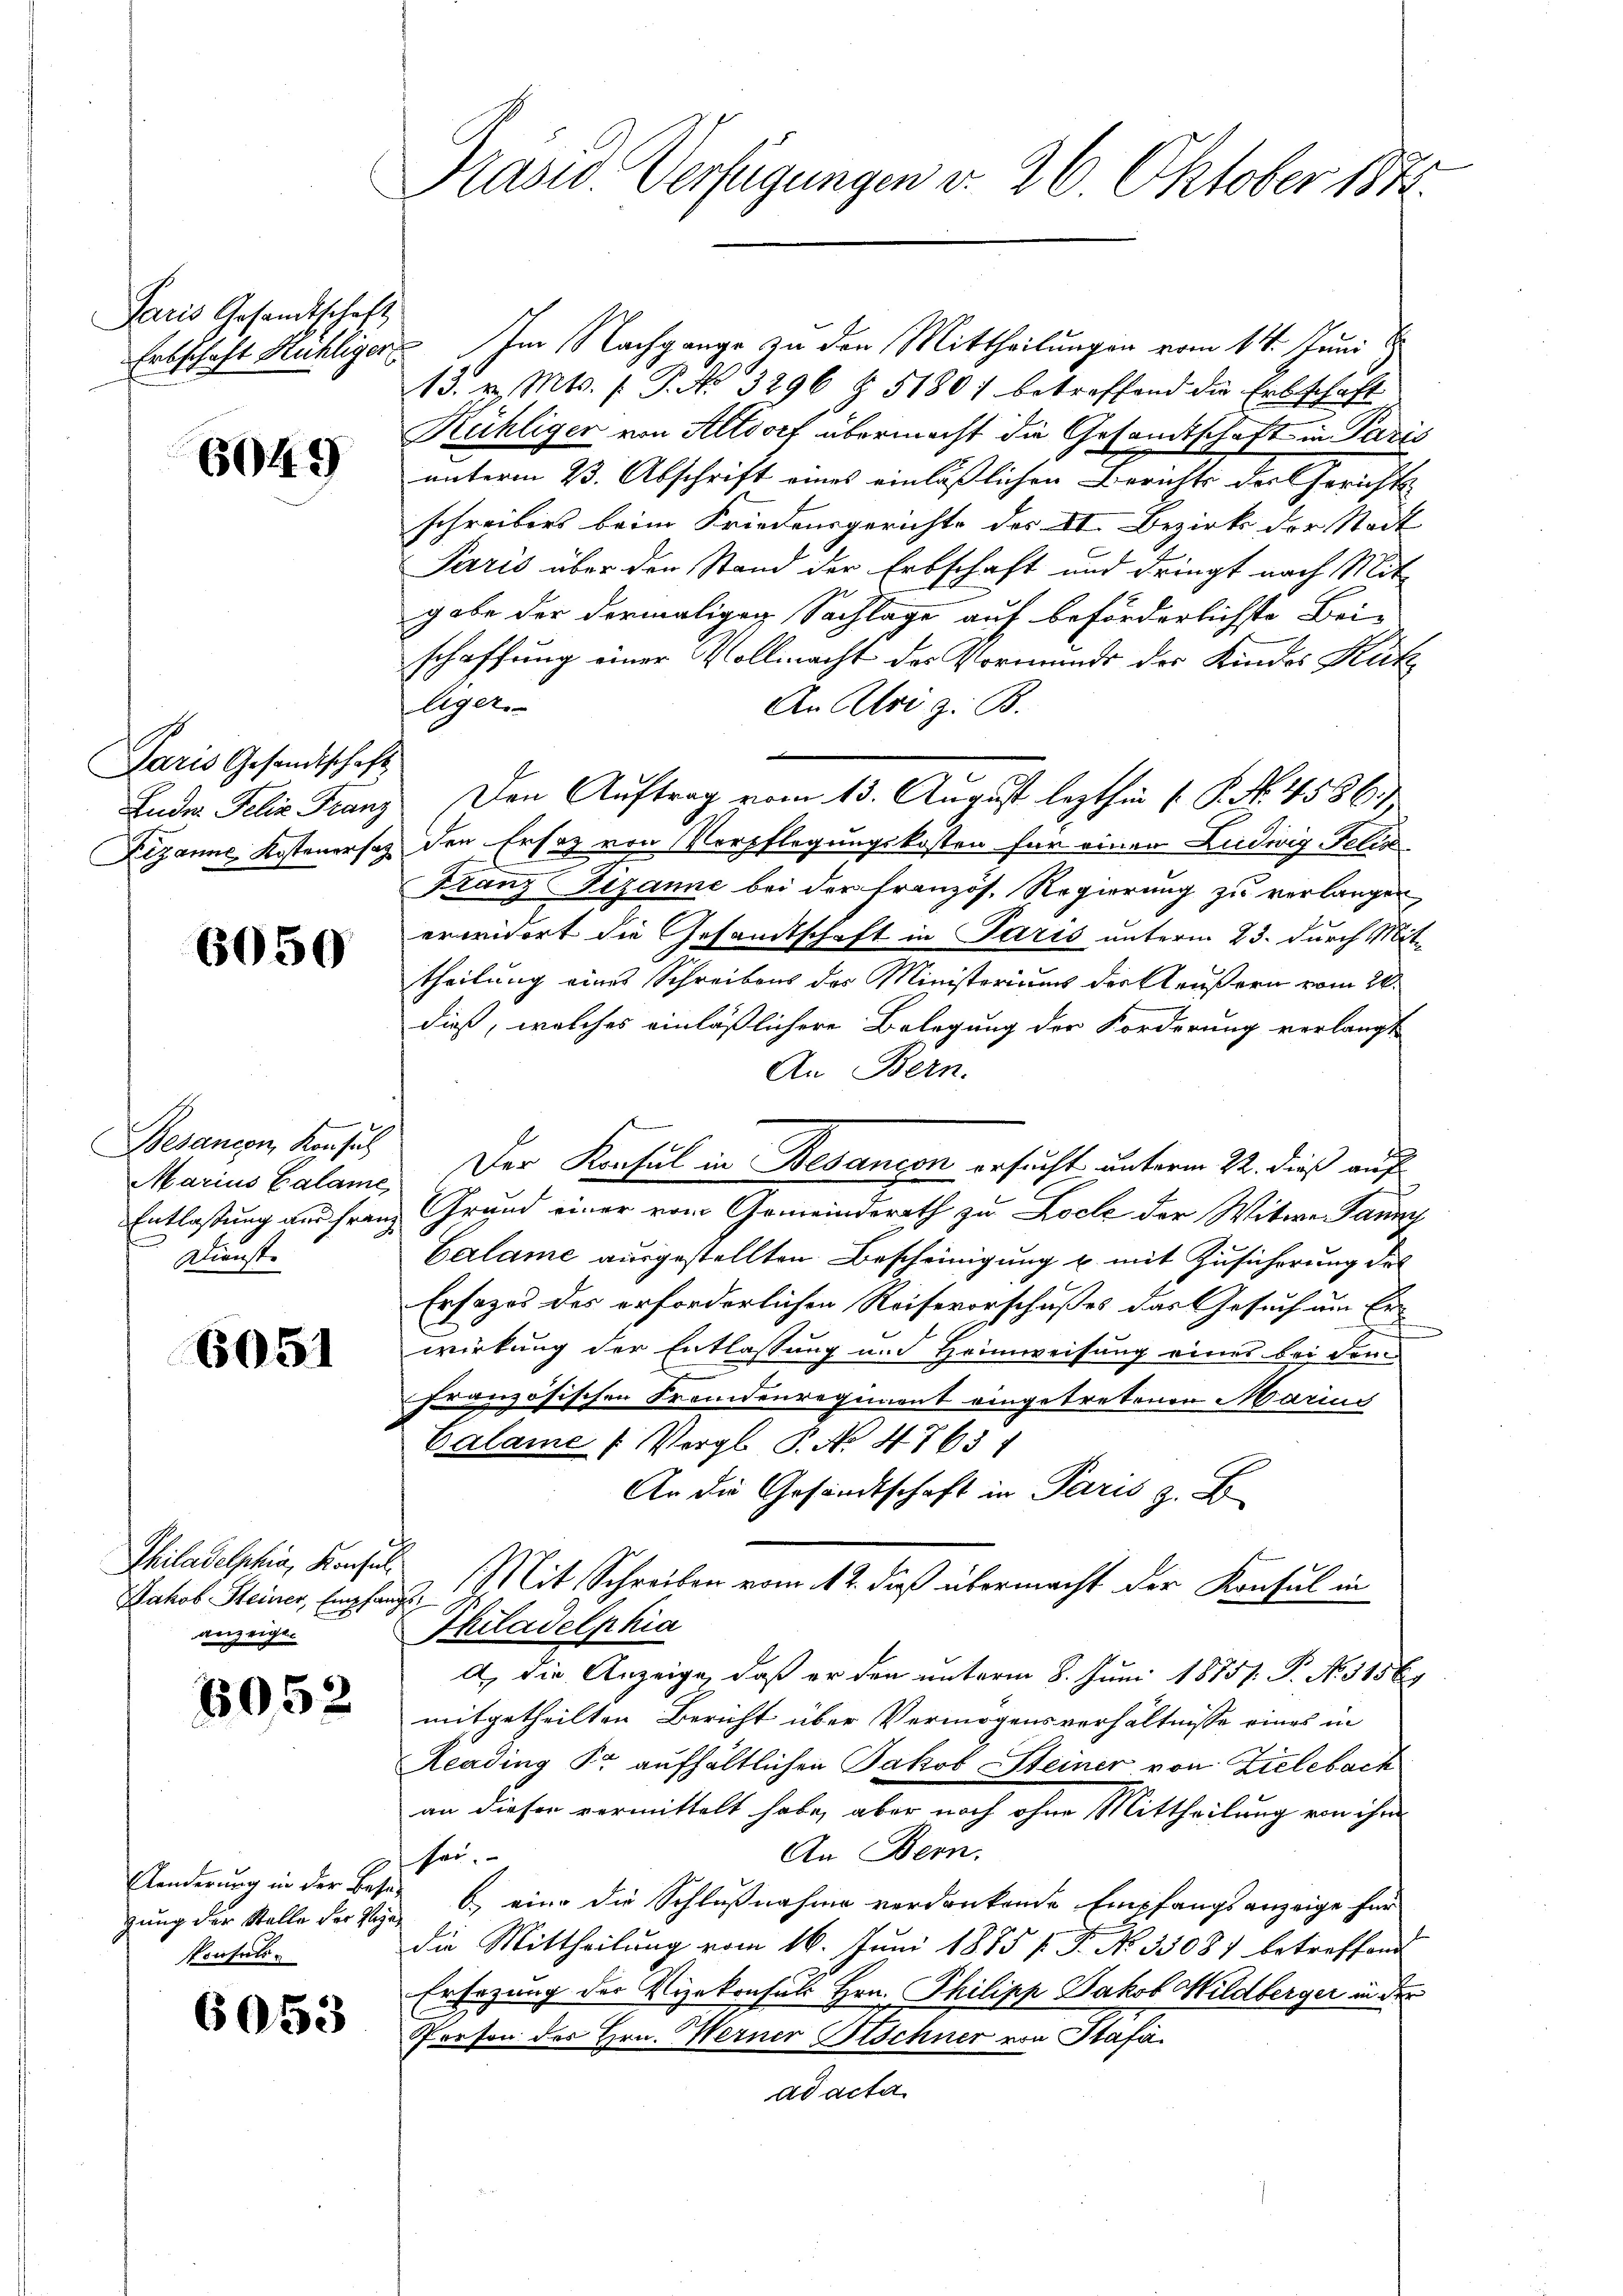
Paris Gesandtschaft
Erbschaft Kühliger

6049

Paris Gesandtschaft
Luder Felix Franz
Dezanne Kostenersatz

6050

Besangen, Konsul
Marius Calame
Entlassung aus Frau
Dienste |

6051

Philadelphia, Konsul
Jakob Steiner, Empfan
anzeige.

6052

Aenderung in der Bese
zung der Stelle der Tage
konsuls.

6053

Präsid Verfügungen d. 26 Oktober 1848.

s

Im Nachgange zu den Mittheilungen vom 14. Juni 1
13. v. Mts. 1. P. Nr. 3296 § 5180) betreffend die Erbschaft
Kühliger von Altdorf übermacht die Gesandtschaft in Paris
unterm 23. Abschrift eines einläßlichen Berichts der Gerichts
schreibens beim Friedensgerichte des St. Bezirk der Stadt
Paris über den Stand der Erbschaft und dringt nach Mit-
gabe der dermaligen Sachlage auf beförderlichste Bei-
schaffung einer Vollmacht des Vormunds der Kindes Katz
liger.
An Uri z. B.
den Ersatz von Verpflegungskosten für einen Liedwig Felda
Franz Fizanne bei der französ. Regierung zu verlangen
erwidert die Gesandtschaft in Paris unterm 23. durch Mittheilung eines Schreibens des Ministeriums der Reußern vom 20.
dieß, welches einläßlichere Belegung der Forderung verlangt
An Bern.
Der Konsul in Besançon ersucht unterm 22. dieß auf
Grand einer vom Gemeinderath zu Loch der Witwe Panny
Calame ausgestellten Bescheinigung u. mit Zusicherung des
Ersezes des erforderlichen Reisevorschußes das Gesuch um Er-
wirkung der Entlassung und Heimweisung eines bei dem
französischen Fremdenregiment eingetretenen March
Calame Vergl. P. No 4763 f
An die Gesandtschaft in Paris z. B.
2 Mit Schreiben vom 12. dieß übermacht der Konsul in
Thiladelphia
a. Die Anzeige, daß er den unterm 8. Juni 18757. P. Nr. 315 E
mitgetheilten Bericht über Vermögensverhältnisse eines in
Leading Fr. aufhältlichen Jakob Steiner von Zielebach
an dieser vermittelt habe, aber noch ohne Mittheilung von ihm
An Bern.
her.
b) eine die Schlußnahme verdankende Empfangsanzeige für
die Mittheilung vom 16. Juni 1885 f. Dr. No. 35081 betreffend
Ersezung der Vizekonsuls Hrn. Philipp Jakob Mildberger in der
Person des Hrn. Werner Stschner von Stafaad acta

Den Auftrag vom 13. August lezthin 1. P. No. 4586.